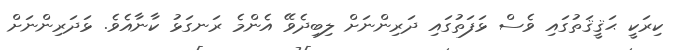
ކިރަކީ ޙަޤީޤަތުގައި ވެސް ޅަފަތުގައި ދަރިންނަށް ލިބިދެވޭ އެންމެ ރަނގަޅު ކާނާއެވެ. ޅަދަރިންނަށް